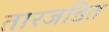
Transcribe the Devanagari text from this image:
तारजडित